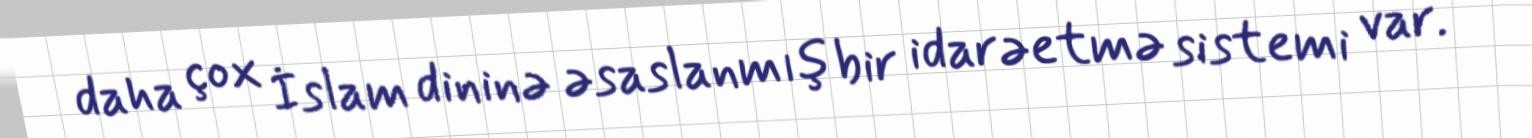
daha çox İslam dininə əsaslanmış bir idarəetmə sistemi var.